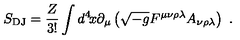
S _ { \mathrm { D J } } = \frac { Z } { 3 ! } \int d ^ { 4 } \! x \partial _ { \mu } \left( \sqrt { - g } F ^ { \mu \nu \rho \lambda } A _ { \nu \rho \lambda } \right) \ .